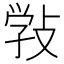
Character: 𢽾